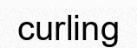
curling